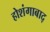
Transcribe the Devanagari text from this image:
होशंगाबाद्